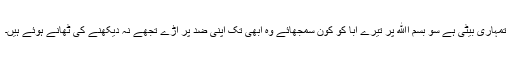
تمہاری بیٹی ہے سو بسم اﷲ پر تیرے ابا کو کون سمجھائے وہ ابھی تک اپنی ضد پر اڑے تجھے نہ دیکھنے کی ٹھانے ہوئے ہیں۔